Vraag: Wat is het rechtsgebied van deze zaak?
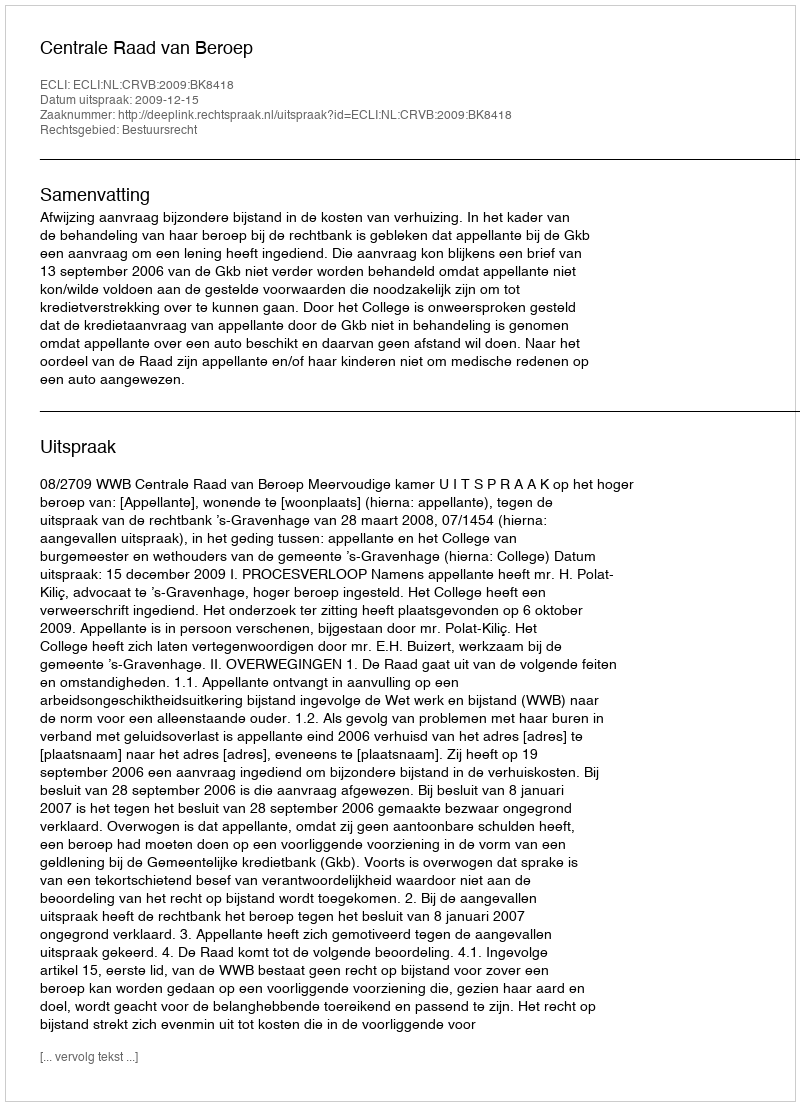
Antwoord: Bestuursrecht